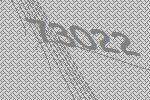
73022